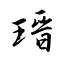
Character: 瑨